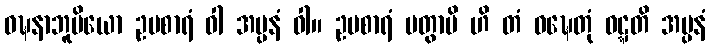
ဝဍ္ဎနာဘူမိယော ဥပစာရံ ဝါ အပ္ပနံ ဝါ။ ဥပစာရံ ပတွာပိ ဟိ တံ ဝဍ္ဎေတုံ ဝဋ္ဋတိ အပ္ပနံ